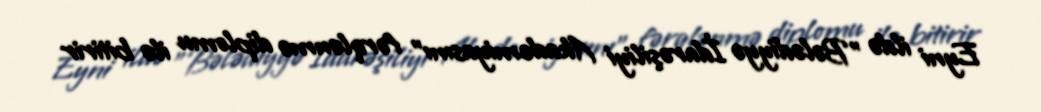
Eyni ildə "Bələdiyyə İdarəşiliyi Akademiyasını" fərqlənmə diplomu ilə bitirir